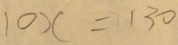
1 0 x = 1 3 0